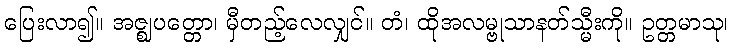
ပြေးလာ၍။ အဇ္ဈပတ္တော၊ မှီတည့်လေလျှင်။ တံ၊ ထိုအလမ္ဗုသာနတ်သ္မီးကို။ ဥတ္တမာသု၊